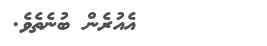
އެއުރެން ބުނެތެވެ.